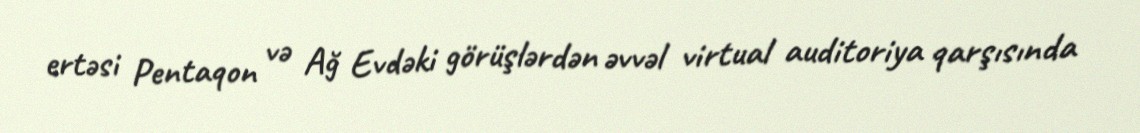
ertəsi Pentaqon və Ağ Evdəki görüşlərdən əvvəl virtual auditoriya qarşısında